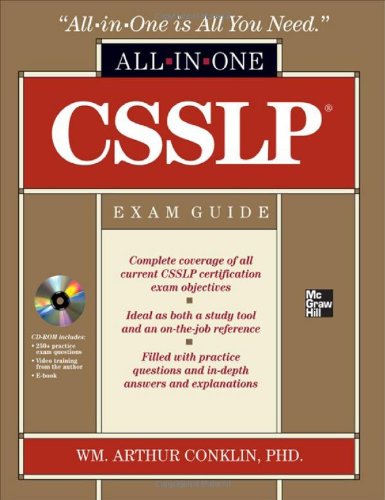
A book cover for CSSLP Certification All-in-One Exam Guide; Wm. Arthur Conklin; Computers & Technology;